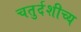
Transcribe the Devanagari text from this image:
चतुर्दशीच्य